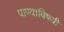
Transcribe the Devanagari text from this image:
पाण्याविषयी